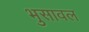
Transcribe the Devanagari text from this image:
भुुसावल